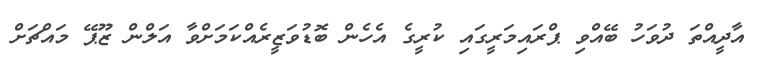
އާދީއްތަ ދުވަހު ބޭއްވި ޕްރައިމަރީގައި ކުރީގެ އެހެން ބޮޑުވަޒީރެއްކަމަށްވާ އަލްން ޒޫޕޭ މައްޗަށް